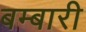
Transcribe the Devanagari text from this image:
बम्बारी